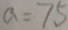
a = 7 5